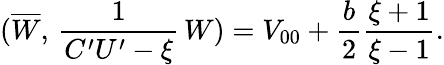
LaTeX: (\overline{{{W}}},\, \frac{1}{C^{\prime}U^{\prime}-\xi}\, W)=V_{00}+\frac{b}{2}\frac{\xi+1}{\xi-1}.